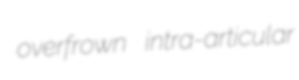
overfrown intra-articular